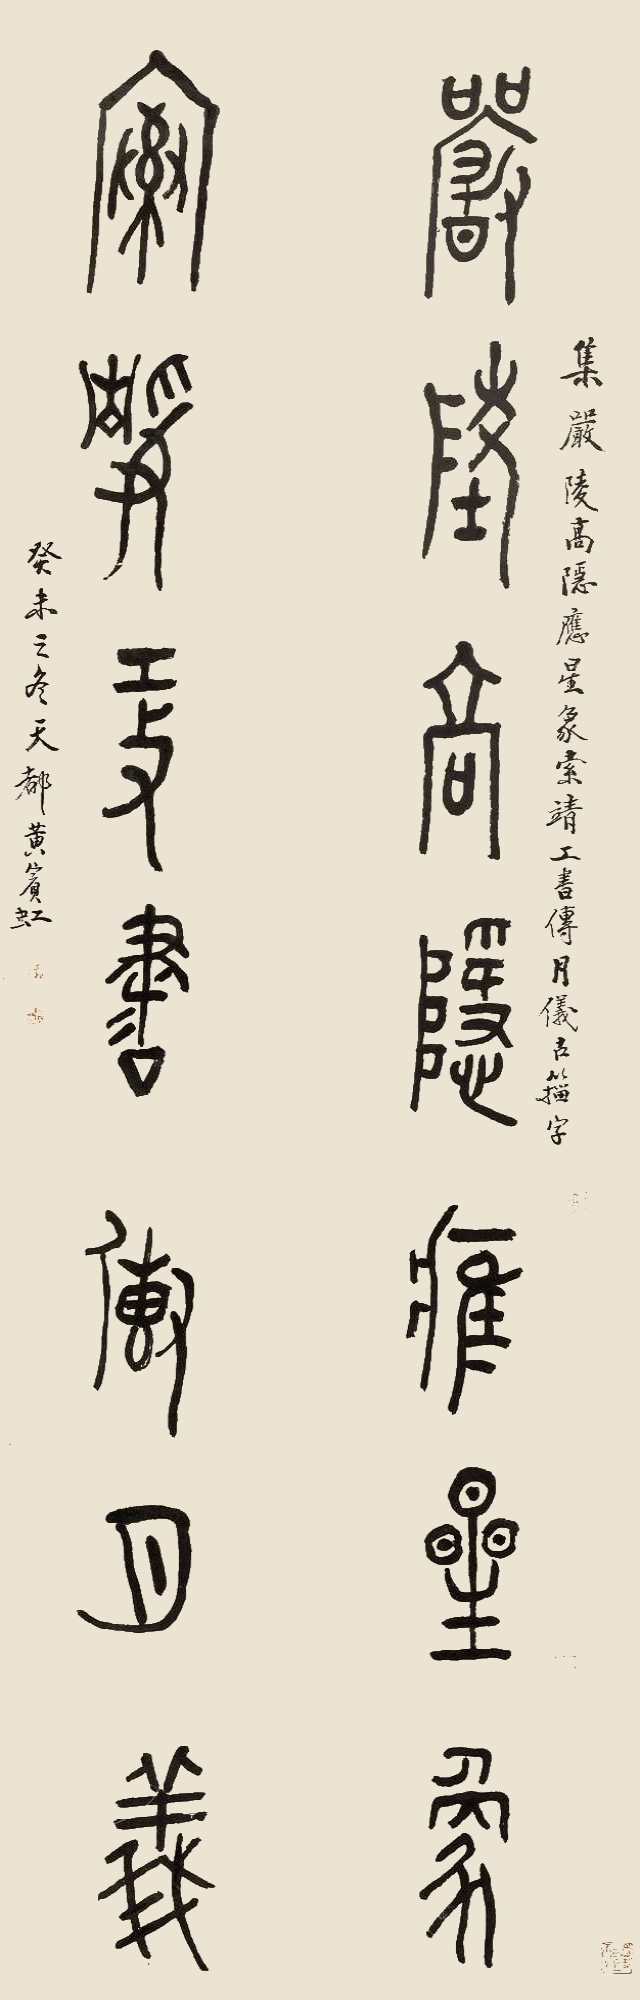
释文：严陵高隐应星象，索靖攻书得月仪。集“严陵高隐应星象，索靖攻书得月仪”古籀字。癸未之冬，天都黄宾虹。